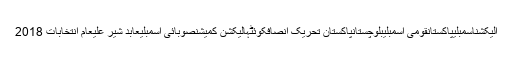
الیکشناسمبلیپاکستانقومی اسمبلیبلوچستانپاکستان تحریک انصافکوئٹہالیکشن کمیشنصوبائی اسمبلیعابد شیر علیعام انتخابات 2018